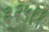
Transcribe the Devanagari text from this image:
३२५११